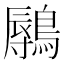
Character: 𬷨